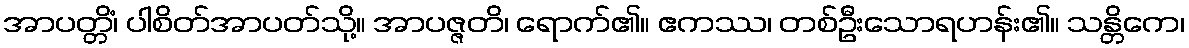
အာပတ္တိံ၊ ပါစိတ်အာပတ်သို့။ အာပဇ္ဇတိ၊ ရောက်၏။ ဧကဿ၊ တစ်ဦးသောရဟန်း၏။ သန္တိကေ၊